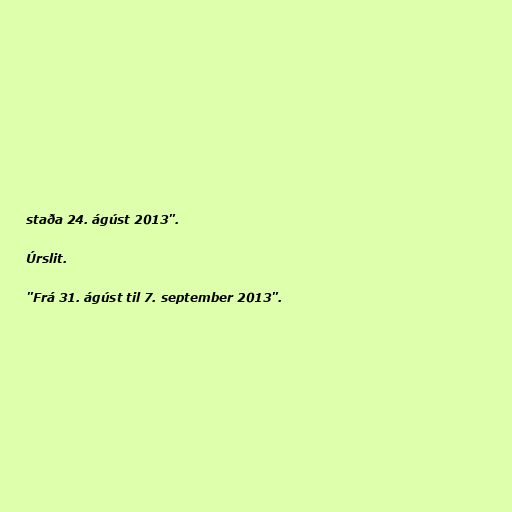
staða 24. ágúst 2013".

Úrslit.

"Frá 31. ágúst til 7. september 2013".